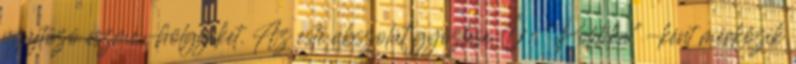
nyújtózó eszme-hölgyeket. Az este abszolút győztese Ő: "Politika"-ként mérkőzik